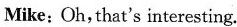
Mike: Oh,that's interesting.